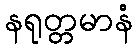
နရုတ္တမာနံ